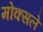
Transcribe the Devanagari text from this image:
मोक्सले